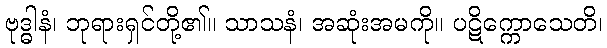
ဗုဒ္ဓါနံ၊ ဘုရားရှင်တို့၏။ သာသနံ၊ အဆုံးအမကို။ ပဋိက္ကောသေတိ၊